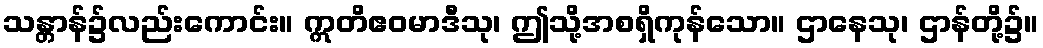
သန္တာန်၌လည်းကောင်း။ ဣတိဧဝမာဒီသု၊ ဤသို့အစရှိကုန်သော။ ဌာနေသု၊ ဌာန်တို့၌။